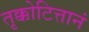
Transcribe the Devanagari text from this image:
तृक्कोटित्तानं